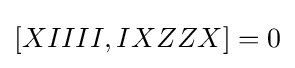
[XIIII,IXZZX]=0